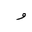
Letter: _waw